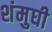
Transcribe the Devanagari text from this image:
शंमुघी